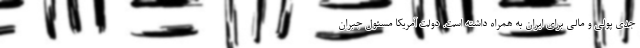
جدی پولی و مالی برای ایران به همراه داشته است. دولت آمریکا مسئول جبران